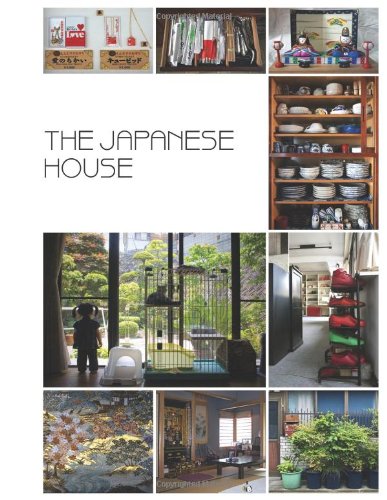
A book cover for The Japanese House: Material Culture in the Modern Home (Materializing Culture); Inge Daniels; Politics & Social Sciences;